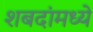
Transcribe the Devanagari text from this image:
शबदांमध्ये